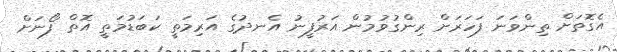
އެގޮތަށް ތިންވަނަ ފަހަރަށް ރިންގުވުމުން އަރުފީނު އެނދުގެ އަރިމަތީ ކަބަޑުމަތީ އޮތް ފޯނަށް